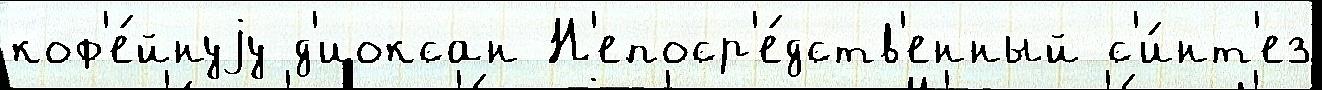
коф'е́йнуjу д'иоксан Н'епоср'е́дств'енный с'и́нт'ез